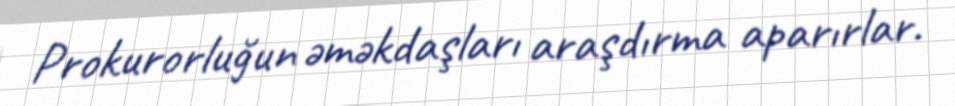
Prokurorluğun əməkdaşları araşdırma aparırlar.